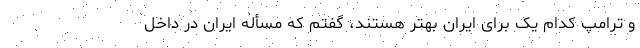
و ترامپ کدام یک برای ایران بهتر هستند، گفتم که مسأله ایران در داخل